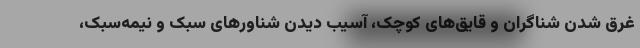
غرق شدن شناگران و قایق‌های کوچک، آسیب دیدن شناورهای سبک و نیمه‌سبک،